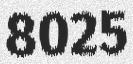
8025